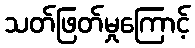
သတ်ဖြတ်မှုကြောင့်